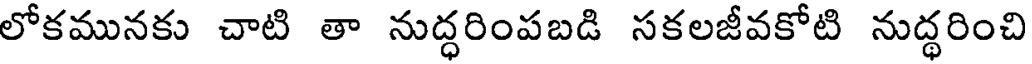
లోకమునకు చాటి తా నుద్ధరింపబడి సకలజీవకోటి నుద్ధరించి